Civil Veterinary Department. United Provinces 1912-22 - 1912-1922
Year: 1912
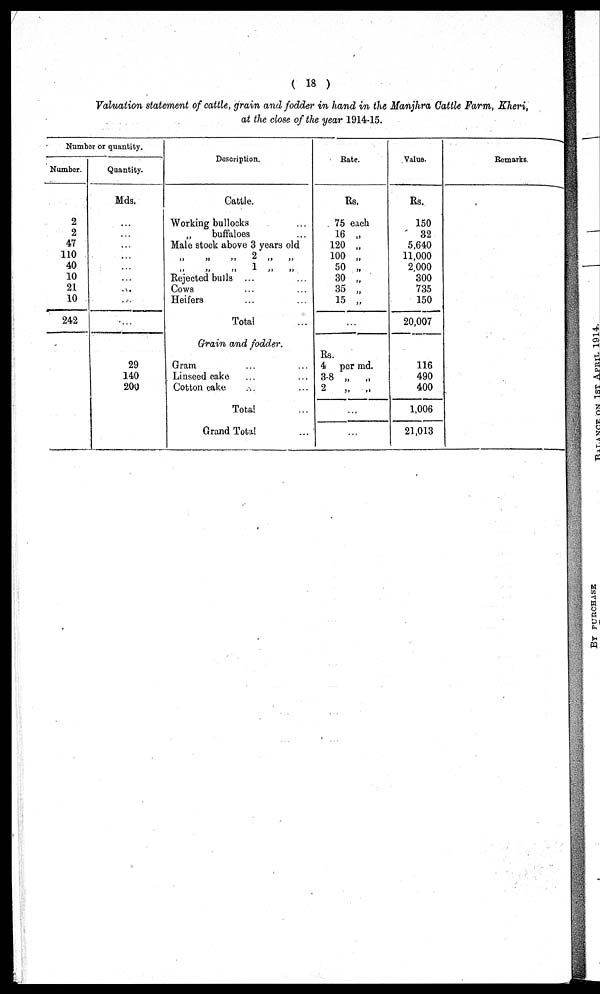
( 18 )
Valuation statement of cattle, grain and fodder in hand in the Manjhra Cattle Farm, Kheri,
at the close of the year 1914-15.
Number or quantity.
Number.
2
2
47
110
40
10
21
10
242
Quantity.
Mds.
…
…
…
…
…
…
...
...
…
29
140
200
Description.
Cattle.
Working bullocks …
„
buffaloes ...
Male stock above 3 years old
„
„
„
2 „ „
„ „ „ 1 „ „
Rejected bulls ... ...
Cows … …
Heifers … …
Total …
Grain and fodder.
Gram ... ...
Linseed cake ... ...
Cotton cake … …
Total …
Grand Total ...
Rate.
Rs.
75 each
16 „
120 „
100 „
50 „
30 „
35
„
15 „
…
Rs.
4 per md.
3-8 „ „
2
„ „
…
…
Value.
Rs.
150
32
5,640
11,000
2 000
300
735
150
20,007
116
490
400
1,006
21,013
Remarks.